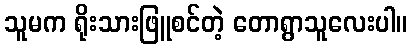
သူမက ရိုးသားဖြူစင်တဲ့ တောရွာသူလေးပါ။